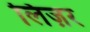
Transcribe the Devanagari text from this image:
लिज़र